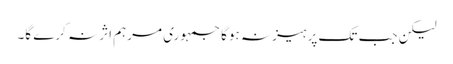
لیکن جب تک پرہیز نہ ہوگا جمہوری مرہم اثر نہ کرے گا۔